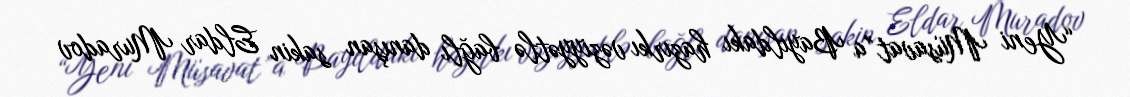
“Yeni Müsavat”a Bayıldakı hazırkı vəziyyətlə bağlı danışan sakin Eldar Muradov